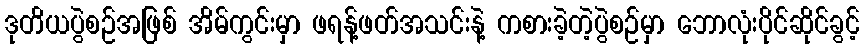
ဒုတိယပွဲစဉ်အဖြစ် အိမ်ကွင်းမှာ ဖရန့်ဖတ်အသင်းနဲ့ ကစားခဲ့တဲ့ပွဲစဉ်မှာ ဘောလုံးပိုင်ဆိုင်ခွင့်